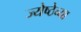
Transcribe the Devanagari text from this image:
ज्येष्ठेच्या